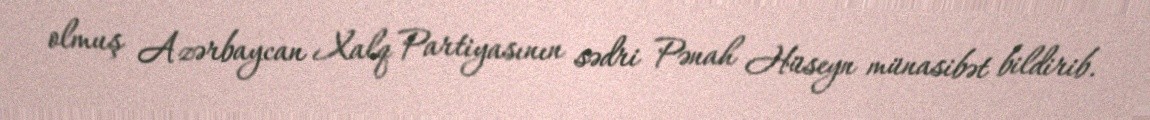
olmuş Azərbaycan Xalq Partiyasının sədri Pənah Hüseyn münasibət bildirib.